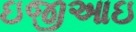
ઇજીઆઇ